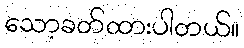
သော့ခတ်ထားပါတယ်။